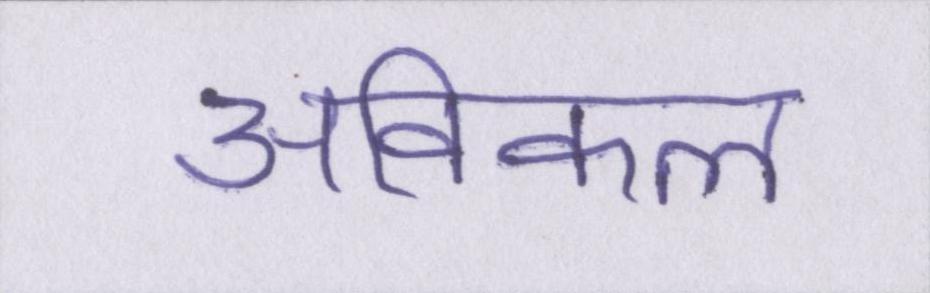
अविकल